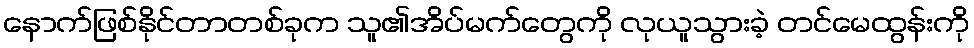
နောက်ဖြစ်နိုင်တာတစ်ခုက သူ၏အိပ်မက်တွေကို လုယူသွားခဲ့ တင်မေထွန်းကို